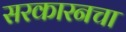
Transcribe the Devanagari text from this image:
सरकारनचा